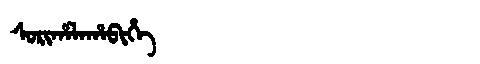
Manchu: ᠰᠣᡵᡳᡥᠠᠯᠠᡥᠠᠪᡳᡥᡝ
Romanization: SORIHALAHABIHE